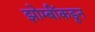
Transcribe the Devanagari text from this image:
झोम्बींकडून